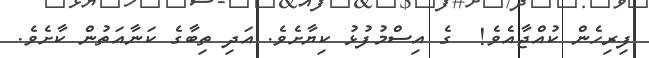
ފިރިހެން ކުއްޖާއެވެ!  ގެ އިސްމުފުޅު ކިޔާށެވެ. އަދި ތިބާގެ ކަނާއަތުން ކާށެވެ.